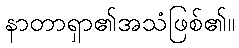
နာတာရှာ၏အသံဖြစ်၏။